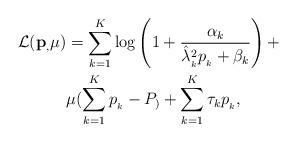
LaTeX: \begin{align*}\mathcal{L}(\mathbf{p}_,\mu)&=\sum_{k=1}^{K}\log\left(1+\frac{\alpha_k}{\hat{\lambda}^{2}_{_k}p_{_k} + \beta_k} \right)+\\&\mu(\sum_{k=1}^{K}p_{_k}-P_)+\sum_{k=1}^{K}\tau_k p_{_k},\end{align*}